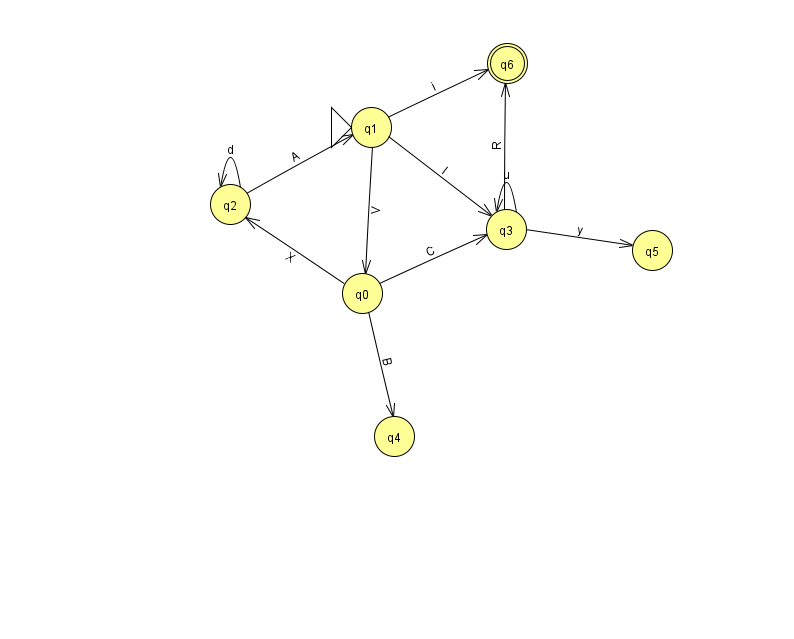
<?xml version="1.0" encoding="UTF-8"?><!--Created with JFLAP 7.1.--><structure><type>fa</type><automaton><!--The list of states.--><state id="0" name="q0"><x>362.0</x><y>280.0</y></state><state id="1" name="q1"><x>371.0</x><y>114.0</y><initial/></state><state id="2" name="q2"><x>230.0</x><y>191.0</y></state><state id="3" name="q3"><x>506.0</x><y>216.0</y></state><state id="4" name="q4"><x>394.0</x><y>423.0</y></state><state id="5" name="q5"><x>652.0</x><y>237.0</y></state><state id="6" name="q6"><x>507.0</x><y>50.0</y><final/></state><!--The list of transitions.--><transition><from>2</from><to>2</to><read>d</read></transition><transition><from>3</from><to>3</to><read>u</read></transition><transition><from>3</from><to>6</to><read>R</read></transition><transition><from>1</from><to>3</to><read>l</read></transition><transition><from>1</from><to>6</to><read>i</read></transition><transition><from>1</from><to>0</to><read>V</read></transition><transition><from>0</from><to>2</to><read>X</read></transition><transition><from>0</from><to>3</to><read>C</read></transition><transition><from>3</from><to>5</to><read>y</read></transition><transition><from>0</from><to>4</to><read>B</read></transition><transition><from>2</from><to>1</to><read>A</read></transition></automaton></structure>